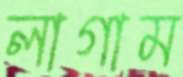
লাগাম